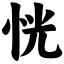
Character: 恍